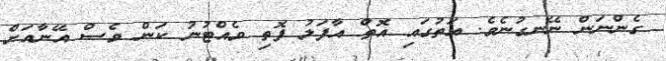
ގެންނަން ނޭނގުނެވެ. އަތުގައި އޮތް އާފަލު ފޮތި ވެއްޓުނު ކަން ވެސް އޭނާއަށް